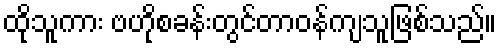
ထိုသူကား ဗဟိုစခန်းတွင်တာဝန်ကျသူဖြစ်သည်။